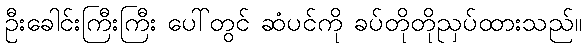
ဦးခေါင်းကြီးကြီး ပေါ်တွင် ဆံပင်ကို ခပ်တိုတိုညှပ်ထားသည်။